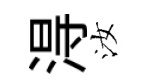
淂汝